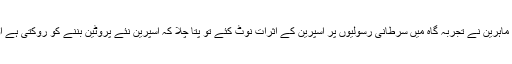
یونیورسٹی آف ایڈنبرا میں واقع کینسر ریسرچ سینٹر کے ماہرین نے تجربہ گاہ میں سرطانی رسولیوں پر اسپرین کے اثرات نوٹ کئے تو پتا چلا کہ اسپرین نئے پروٹین بننے کو روکتی ہے اور بطورِ خاص آنتوں کے کینسر میں مفید پائی گئی ہے۔